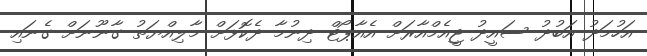
އަހުމަދު އަބުދު ސައީދު ޖީއެމްއާރަށް އެއާޕޯޓް ދިނުމާ ދެކޮޅަށް މާލިއްޔަތު ގާނޫނަށް ގެނައި